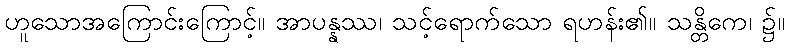
ဟူသောအကြောင်းကြောင့်။ အာပန္နဿ၊ သင့်ရောက်သော ရဟန်း၏။ သန္တိကေ၊ ၌။